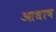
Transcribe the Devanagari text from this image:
आधाष